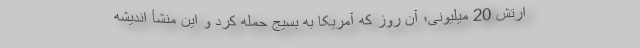
ارتش 20 میلیونی؛ آن روز که آمریکا به بسیج حمله کرد و این منشأ اندیشه